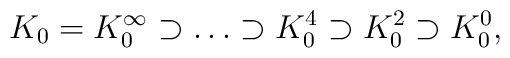
K_0 =K_0^\infty\supset\ldots\supset K^4_0\supset K^2_0\supset K^0_0,